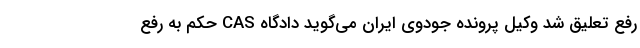
رفع تعلیق شد وکیل پرونده جودوی ایران می‌گوید دادگاه CAS حکم به رفع